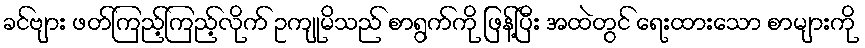
ခင်ဗျား ဖတ်ကြည့်ကြည့်လိုက် ဥကျုမိသည် စာရွက်ကို ဖြန့်ပြီး အထဲတွင် ရေးထားသော စာများကို